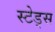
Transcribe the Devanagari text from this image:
स्टेड्स